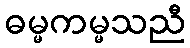
ဓမ္မကမ္မသညီ